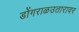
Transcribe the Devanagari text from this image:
डोंगराळउतारावर